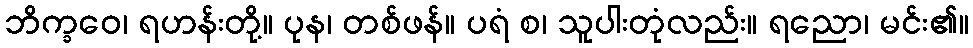
ဘိက္ခဝေ၊ ရဟန်းတို့။ ပုန၊ တစ်ဖန်။ ပရံ စ၊ သူပါးတုံလည်း။ ရညော၊ မင်း၏။